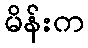
မိန်းက